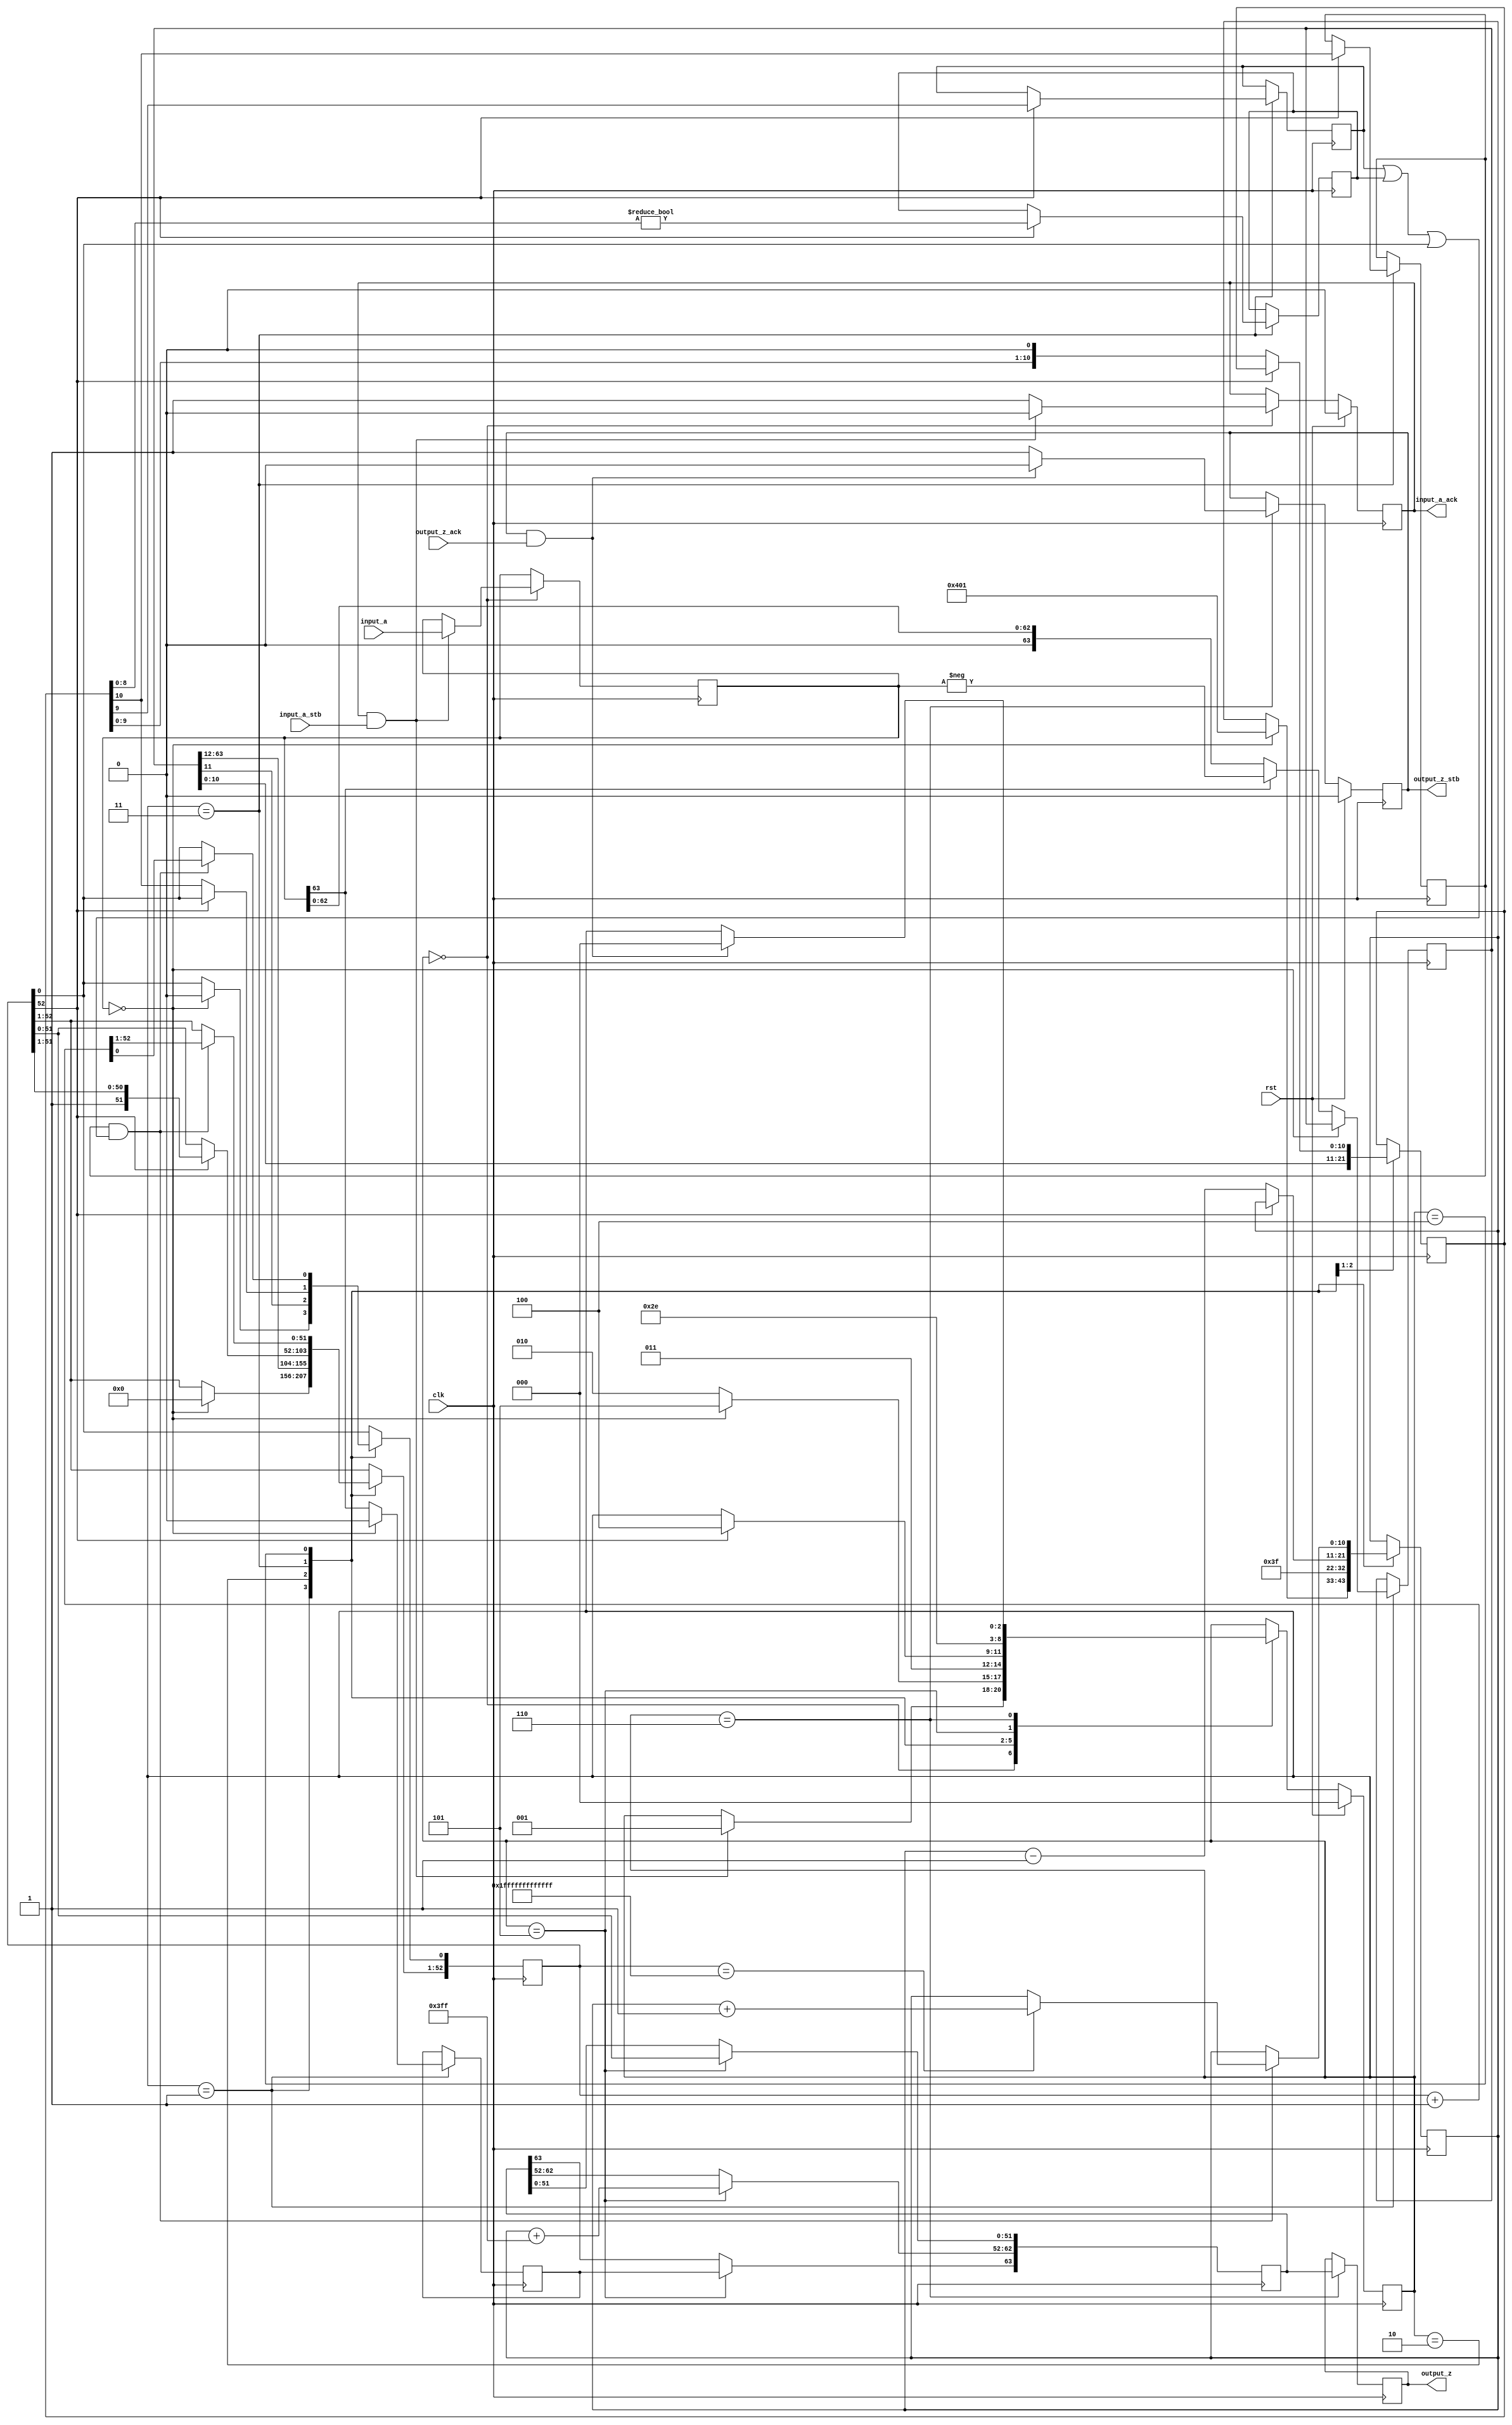
module long_to_double(
        input_a,
        input_a_stb,
        output_z_ack,
        clk,
        rst,
        output_z,
        output_z_stb,
        input_a_ack);

  input     clk;
  input     rst;

  input     [63:0] input_a;
  input     input_a_stb;
  output    input_a_ack;

  output    [63:0] output_z;
  output    output_z_stb;
  input     output_z_ack;

  reg       s_output_z_stb;
  reg       [63:0] s_output_z;
  reg       s_input_a_ack;
  reg       s_input_b_ack;

  reg       [2:0] state;
  parameter get_a         = 3'd0,
            convert_0     = 3'd1,
            convert_1     = 3'd2,
            convert_2     = 3'd3,
            round         = 3'd4,
            pack          = 3'd5,
            put_z         = 3'd6;

  reg [63:0] a, z, value;
  reg [52:0] z_m;
  reg [10:0] z_r;
  reg [10:0] z_e;
  reg z_s;
  reg guard, round_bit, sticky;

  always @(posedge clk)
  begin

    case(state)

      get_a:
      begin
        s_input_a_ack <= 1;
        if (s_input_a_ack && input_a_stb) begin
          a <= input_a;
          s_input_a_ack <= 0;
          state <= convert_0;
        end
      end

      convert_0:
      begin
        if ( a == 0 ) begin
          z_s <= 0;
          z_m <= 0;
          z_e <= -1023;
          state <= pack;
        end else begin
          value <= a[63] ? -a : a;
          z_s <= a[63];
          state <= convert_1;
        end
      end

      convert_1:
      begin
        z_e <= 63;
        z_m <= value[63:11];
        z_r <= value[10:0];
        state <= convert_2;
      end

      convert_2:
      begin
        if (!z_m[52]) begin
          z_e <= z_e - 1;
          z_m <= z_m << 1;
          z_m[0] <= z_r[10];
          z_r <= z_r << 1;
        end else begin
          guard <= z_r[10];
          round_bit <= z_r[9];
          sticky <= z_r[8:0] != 0;
          state <= round;
        end
      end

      round:
      begin
        if (guard && (round_bit || sticky || z_m[0])) begin
          z_m <= z_m + 1;
          if (z_m == 53'h1fffffffffffff) begin
            z_e <=z_e + 1;
          end
        end
        state <= pack;
      end

      pack:
      begin
        z[51 : 0] <= z_m[51:0];
        z[62 : 52] <= z_e + 1023;
        z[63] <= z_s;
        state <= put_z;
      end

      put_z:
      begin
        s_output_z_stb <= 1;
        s_output_z <= z;
        if (s_output_z_stb && output_z_ack) begin
          s_output_z_stb <= 0;
          state <= get_a;
        end
      end

    endcase

    if (rst == 1) begin
      state <= get_a;
      s_input_a_ack <= 0;
      s_output_z_stb <= 0;
    end

  end
  assign input_a_ack = s_input_a_ack;
  assign output_z_stb = s_output_z_stb;
  assign output_z = s_output_z;

endmodule